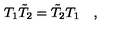
T _ { 1 } \tilde { T } _ { 2 } = \tilde { T } _ { 2 } T _ { 1 } \quad ,